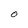
Character: O